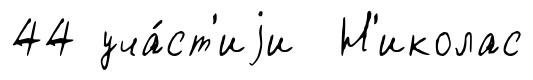
44 уча́ст'иjи Н'иколас